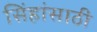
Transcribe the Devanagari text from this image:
सिंहांसाठी